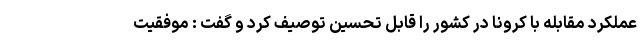
عملکرد مقابله با کرونا در کشور را قابل تحسین توصیف کرد و گفت : موفقیت